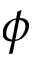
\phi